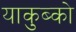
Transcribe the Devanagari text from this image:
याकुब्को